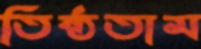
তিষ্ঠতাম